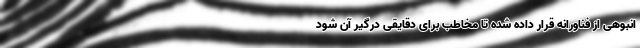
انبوهی از فناورانه قرار داده شده تا مخاطب برای دقایقی درگیر آن شود